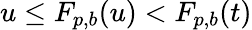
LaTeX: u\leq F_{p,b}(u)<F_{p,b}(t)